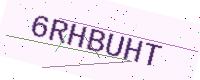
Text: 6RHBUHT